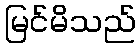
မြင်မိသည်